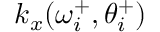
k _ { x } ( \omega _ { i } ^ { + } , \theta _ { i } ^ { + } )